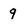
Character: q